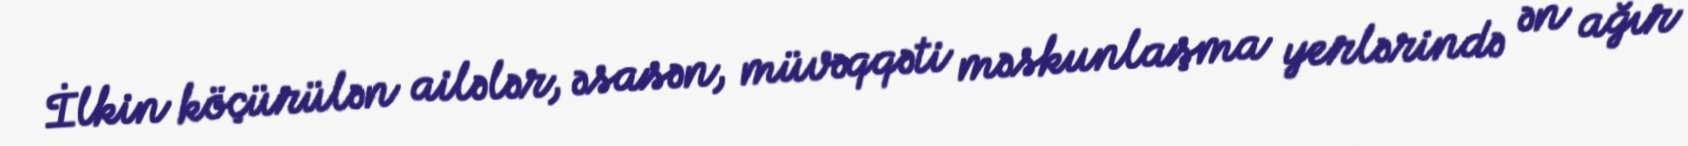
İlkin köçürülən ailələr, əsasən, müvəqqəti məskunlaşma yerlərində ən ağır